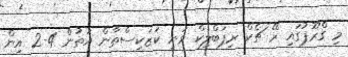
މި ގްރޫޕުގައި ރޭ ޗެކް ރިޕަބްލިކް ވަނީ ކަޒަކިސްތާން އަތުން 4-2 އިން